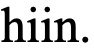
hiin.